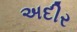
અદીર